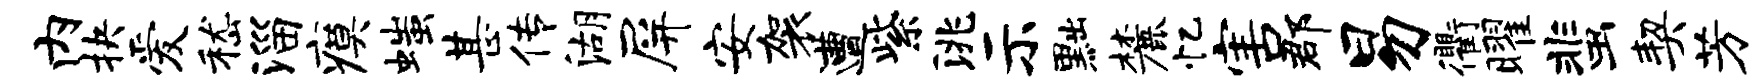
内抉爱嵇淄瘼嗤甚传湖屏安袈遭紫洮示黜麓忆害郡易衢曜蜚契芳